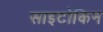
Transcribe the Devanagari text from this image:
साइटोकिन